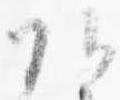
頭